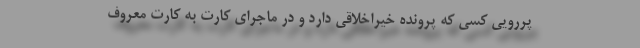
پررویی کسی که پرونده خیراخلاقی دارد و در ماجرای کارت به کارت معروف